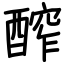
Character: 醡